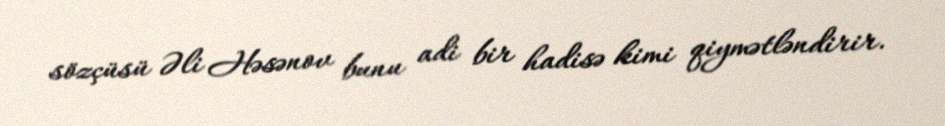
sözçüsü Əli Həsənov bunu adi bir hadisə kimi qiymətləndirir.